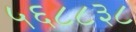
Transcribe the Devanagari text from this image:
५६८८३८